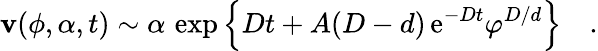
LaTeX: \mathbf{v}(\phi,\alpha,t)\sim\alpha\, \exp\left\{ Dt+A(D-d)\, \mathrm{{e}}^{-Dt}\varphi^{D/d}\right\} \quad.